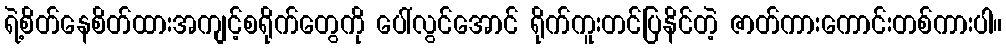
ရဲ့စိတ်နေစိတ်ထားအကျင့်စရိုက်တွေကို ပေါ်လွင်အောင် ရိုက်ကူးတင်ပြနိင်တဲ့ ဇာတ်ကားကောင်းတစ်ကားပါ။